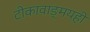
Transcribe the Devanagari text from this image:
टीकावाङ्‌मयही